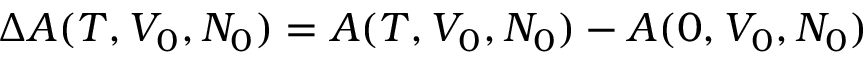
\Delta A ( T , V _ { 0 } , N _ { 0 } ) = A ( T , V _ { 0 } , N _ { 0 } ) - A ( 0 , V _ { 0 } , N _ { 0 } )